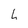
Character: h